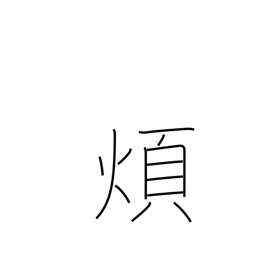
Meaning: nuisance